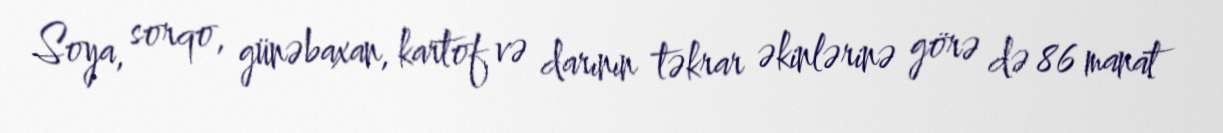
Soya, sorqo, günəbaxan, kartof və darının təkrar əkinlərinə görə də 86 manat